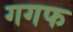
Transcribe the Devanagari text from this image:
गगफ